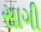
સાગી